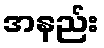
အနည်း